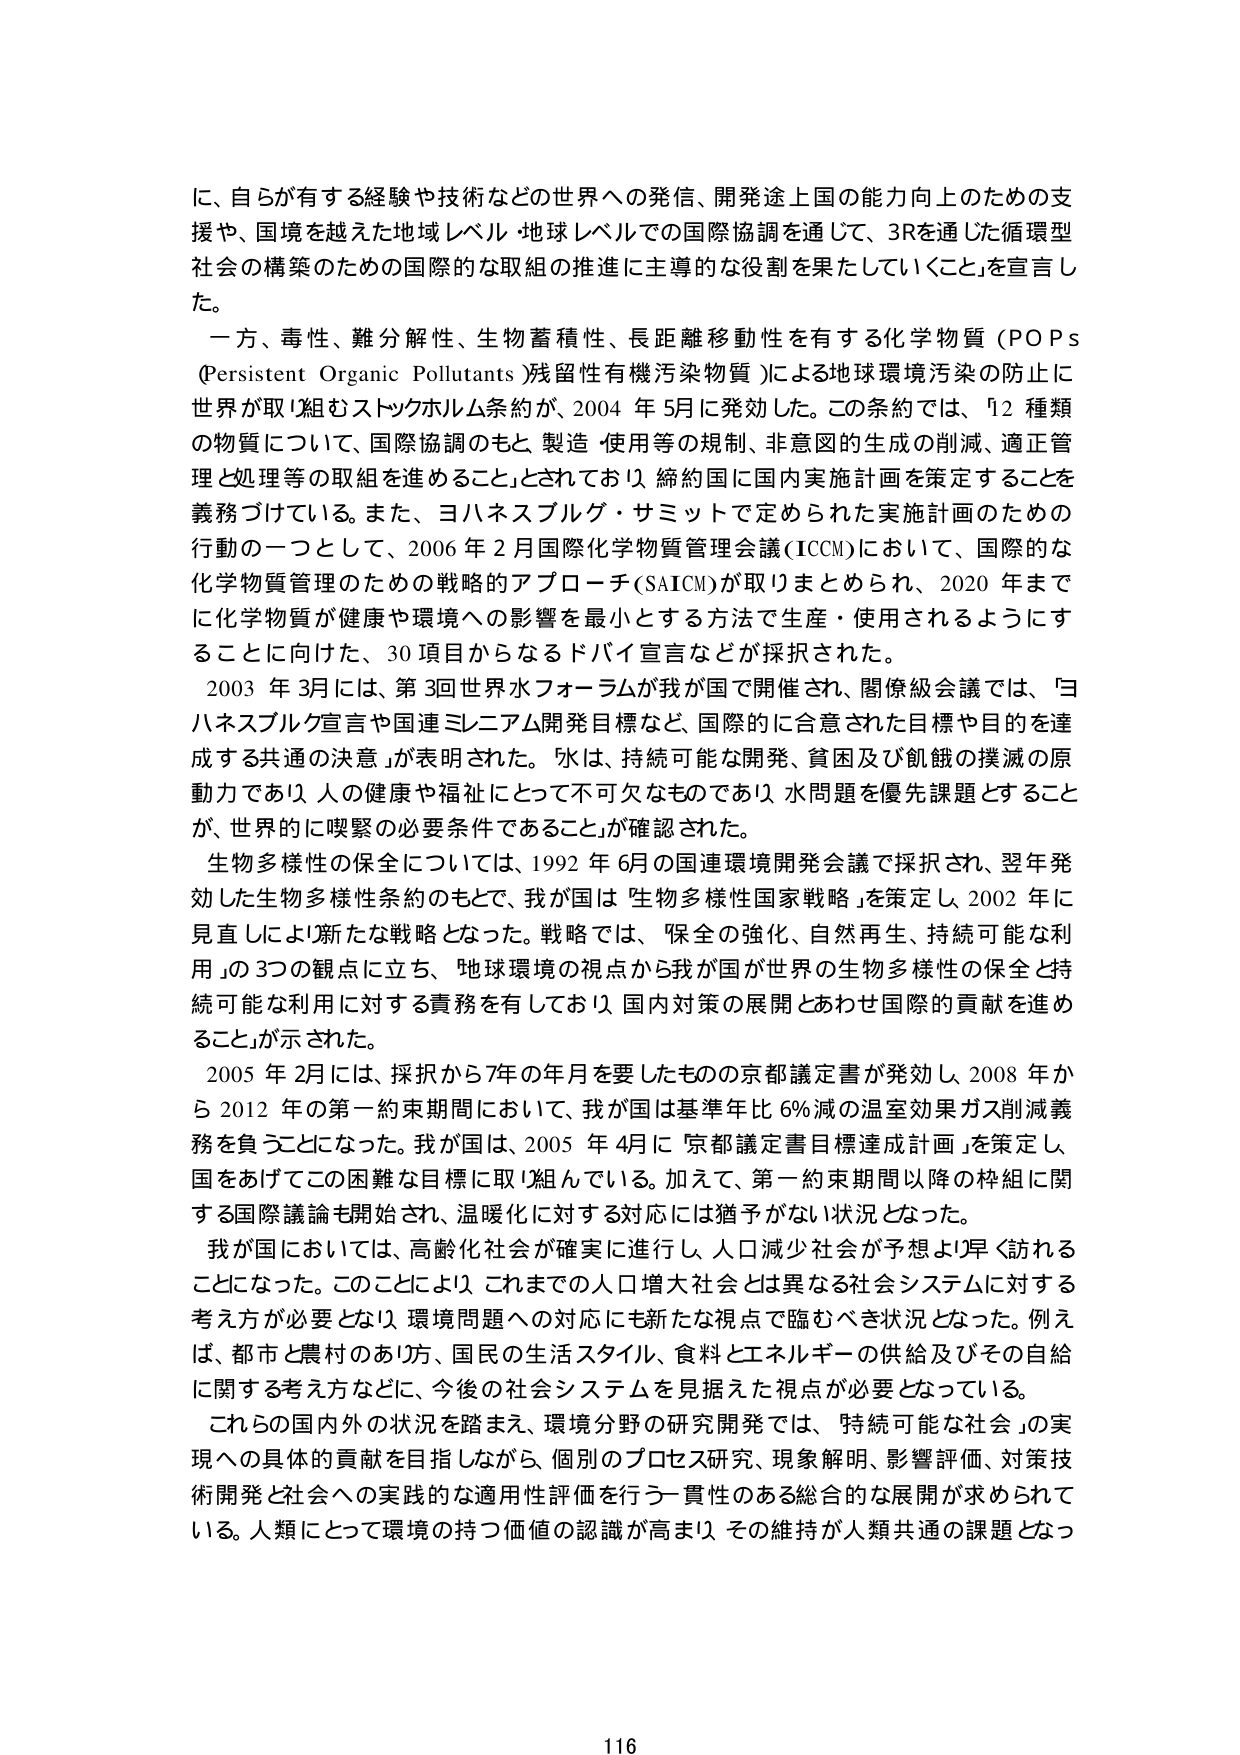
に、自らが有する経験や技術などの世界への発信、開発途上国の能力向上のための支援や、国境を越えた地域レベル・地球レベルでの国際協調を通じて、3Rを通じた循環型社会の構築のための国際的な取組の推進に主導的な役割を果たしていくこと」を宣言した。

一方、毒性、難分解性、生物蓄積性、長距離移動性を有する化学物質（POPs (Persistent Organic Pollutants 残留性有機汚染物質)）による地球環境汚染の防止に世界が取り組むストックホルム条約が、2004年5月に発効した。この条約では、「12種類の物質について、国際協調のもと製造・使用等の規制、非意図的生成の削減、適正管理と処理等の取組を進めること」とされており、締約国に国内実施計画を策定することを義務づけている。また、ヨハネスブルグ・サミットで決められた実施計画のための行動の一つとして、2006年2月国際化学物質管理会議（ICCM）において、国際的な化学物質管理のための戦略的アプローチ（SAICM）が取りまとめられ、2020年までに化学物質が健康や環境への影響を最小とする方法で生産・使用されるようにすることに向けた、30項目からなるドバイ宣言などが採択された。

2003年3月には、第3回世界水フォーラムが我が国で開催され、閣僚級会議では、「ヨハネスブルク宣言や国連ミレニアム開発目標など、国際的に合意された目標や目的を達成する共通の決意」が表明された。「水は、持続可能な開発、貧困及び飢餓の撲滅の原動力であり、人の健康や福祉にとって不可欠なものであり、水問題を優先課題とすることが、世界的に喫緊の必要条件であること」が確認された。

生物多様性の保全については、1992年6月の国連環境開発会議で採択され、翌年発効した生物多様性条約のもとで、我が国は「生物多様性国家戦略」を策定し、2002年に見直しにより新たな戦略となった。戦略では、「保全の強化、自然再生、持続可能な利用」の3つの観点に立ち、「地球環境の視点から我が国が世界の生物多様性の保全と持続可能な利用に対する責務を有しており、国内対策の展開とあわせ国際的貢献を進めること」が示された。

2005年2月には、採択から7年の年月を要したものの京都議定書が発効し、2008年から2012年の第一約束期間において、我が国は基準年比6％減の温室効果ガス削減義務を負うことになった。我が国は、2005年4月に「京都議定書目標達成計画」を策定し、国をあげてこの困難な目標に取り組んでいる。加えて、第一約束期間以降の枠組に関する国際議論も開始され、温暖化に対する対応には猶予がない状況となった。

我が国においては、高齢化社会が確実に進行し、人口減少社会が予想より早く訪れるようになった。このことにより、これまでの人口増大社会とは異なる社会システムに対する考え方が必要となり、環境問題への対応にも新たな視点で臨むべき状況となった。例えば、都市と農村のあり方、国民の生活スタイル、食料とエネルギーの供給及びその自給に関する考え方などに、今後の社会システムを見据えた視点が必要となっている。

これらの国内外の状況を踏まえ、環境分野の研究開発では、「持続可能な社会」の実現への具体的貢献を目指しながら、個別のプロセス研究、現象解明、影響評価、対策技術開発と社会への実践的な適用性評価を行う一貫性のある総合的な展開が求められている。人類にとって環境の持つ価値の認識が高まり、その維持が人類共通の課題となっ

116